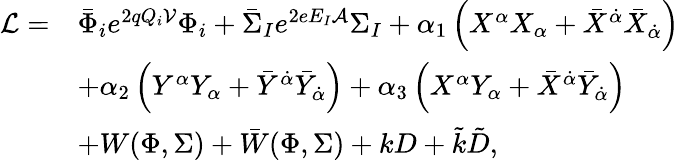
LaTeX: \begin{array}{rl}{{{\cal L}=}}&{{\bar{\Phi}_{i}e^{2qQ_{i}{\cal V}}\Phi_{i}+\bar{\Sigma}_{I}e^{2eE_{I}{\cal A}}\Sigma_{I}+\alpha_{1}\left(X^{\alpha}X_{\alpha}+\bar{X}^{\dot{\alpha}}\bar{X}_{\dot{\alpha}}\right)}}\\ {{}}&{{+\alpha_{2}\left(Y^{\alpha}Y_{\alpha}+\bar{Y}^{\dot{\alpha}}\bar{Y}_{\dot{\alpha}}\right)+\alpha_{3}\left(X^{\alpha}Y_{\alpha}+\bar{X}^{\dot{\alpha}}\bar{Y}_{\dot{\alpha}}\right)}}\\ {{}}&{{+W(\Phi,\Sigma)+\bar{W}(\Phi,\Sigma)+kD+\tilde{k}\tilde{D},}}\end{array}